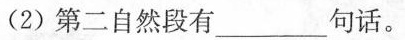
(2)第二自然段有________句话。